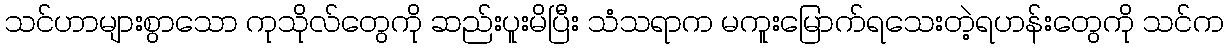
သင်ဟာများစွာသော ကုသိုလ်တွေကို ဆည်းပူးမိပြီး သံသရာက မကူးမြောက်ရသေးတဲ့ရဟန်းတွေကို သင်က